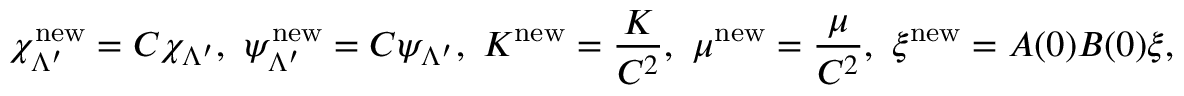
\chi _ { \Lambda ^ { \prime } } ^ { \mathrm { n e w } } = C \chi _ { \Lambda ^ { \prime } } , ~ \psi _ { \Lambda ^ { \prime } } ^ { \mathrm { n e w } } = C \psi _ { \Lambda ^ { \prime } } , ~ K ^ { \mathrm { n e w } } = \frac { K } { C ^ { 2 } } , ~ \mu ^ { \mathrm { n e w } } = \frac { \mu } { C ^ { 2 } } , ~ \xi ^ { \mathrm { n e w } } = A ( 0 ) B ( 0 ) \xi ,